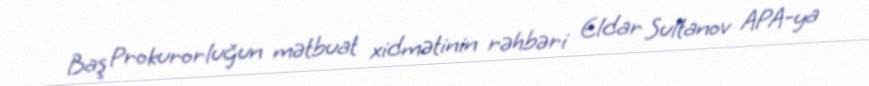
Baş Prokurorluğun mətbuat xidmətinin rəhbəri Eldar Sultanov APA-ya